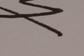
Signature authenticity: genuine